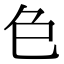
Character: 𮎛